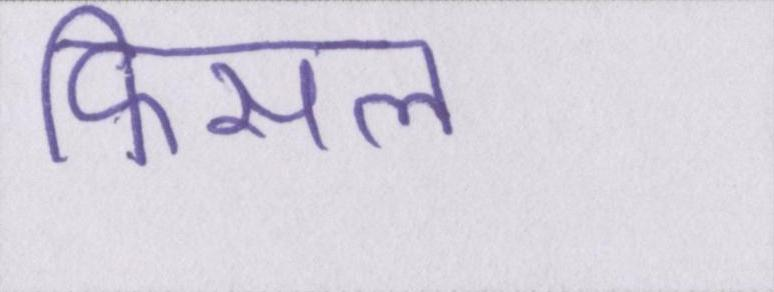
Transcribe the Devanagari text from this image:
फिसल